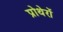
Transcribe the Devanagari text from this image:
प्रोथेरों